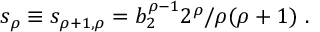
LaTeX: s _ { \rho } \equiv s _ { \rho + 1 , \rho } = b _ { 2 } ^ { \rho - 1 } 2 ^ { \rho } / \rho ( \rho + 1 ) \ .